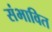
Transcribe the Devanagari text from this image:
संभावित